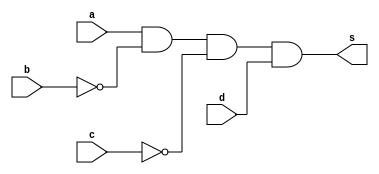
module eh_nove(a, b, c, d, s);
  input a, b, c, d;
  output s;

  and and0(s, a, ~b, ~c, d);
endmodule